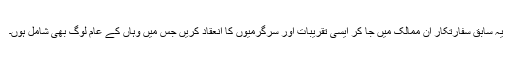
یہ سابق سفارتکار ان ممالک میں جا کر ایسی تقریبات اور سرگرمیوں کا انعقاد کریں جس میں وہاں کے عام لوگ بھی شامل ہوں۔